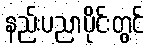
နည်းပညာပိုင်းတွင်